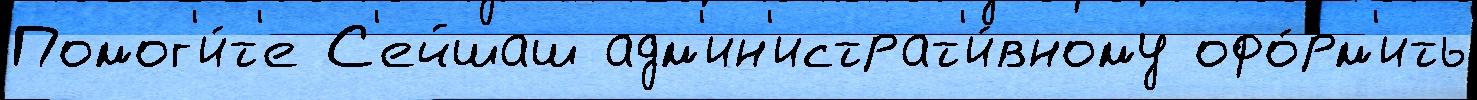
Помог'и́т'е С'ейшаш адм'ин'истрат'и́вному офо́рм'ить